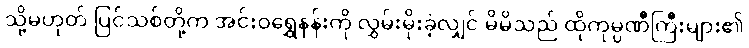
သို့မဟုတ် ပြင်သစ်တို့က အင်းဝရွှေနန်းကို လွှမ်းမိုးခဲ့လျှင် မိမိသည် ထိုကုမ္ပဏီကြီးများ၏